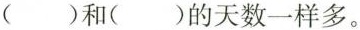
（）和（）的天数一样多。